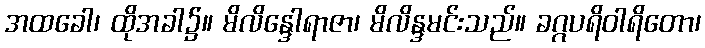
အထခေါ၊ ထိုအခါ၌။ မိလိန္ဒေါရာဇာ၊ မိလိန္ဒမင်းသည်။ ခဂ္ဂပရိဝါရိတော၊